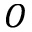
{ \cal O }